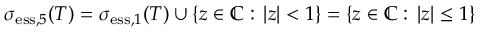
\sigma _ { \mathrm { e s s } , 5 } ( T ) = \sigma _ { \mathrm { e s s } , 1 } ( T ) \cup \{ z \in \mathbb { C } : \, | z | < 1 \} = \{ z \in \mathbb { C } : \, | z | \leq 1 \}